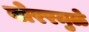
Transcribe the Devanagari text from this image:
बोररमुळे